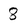
Character: 8